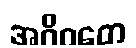
အဝိဂတေ